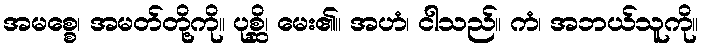
အမစ္စေ၊ အမတ်တို့ကို။ ပုစ္ဆိ၊ မေး၏။ အဟံ၊ ငါသည်။ ကံ၊ အဘယ်သူကို။